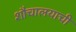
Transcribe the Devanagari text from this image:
शौचालयाची